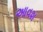
આવશ